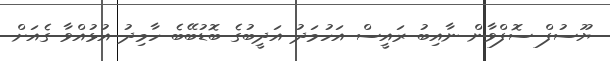
ޔޫސުފް ސޮފްވާން ނާއިބު ރައީސް އަހުމަދު އަދީބުގެ ބޮޑުބޭބެ ހާމިދު އުޅުއްވާ ގެއަށް